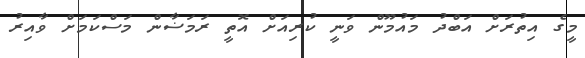
މީގެ އިތުރަށް އަބްދު މައުމޫން ވަނީ ކުރިއަށް އޮތީ ރަމަޟާން މަސްކަމަށް ވާއިރު